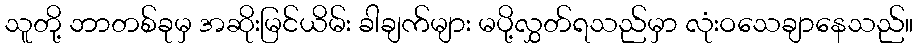
သူတို့ ဘာတစ်ခုမှ အဆိုးမြင်ယိမ်း ခါချက်များ မပို့လွှတ်ရသည်မှာ လုံးဝသေချာနေသည်။